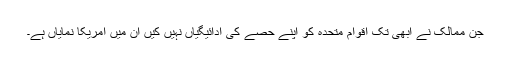
جن ممالک نے ابھی تک اقوام متحدہ کو اپنے حصے کی ادائیگیاں نہیں کیں اُن میں امریکا نمایاں ہے۔